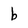
Character: b